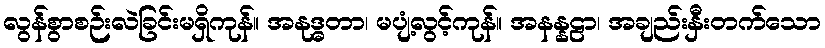
လွန်စွာစဉ်းလဲခြင်းမရှိကုန်။ အနုဒ္ဓတာ၊ မပျံ့လွင့်ကုန်။ အနန္နဠာ၊ အချည်းနှီးတက်သော